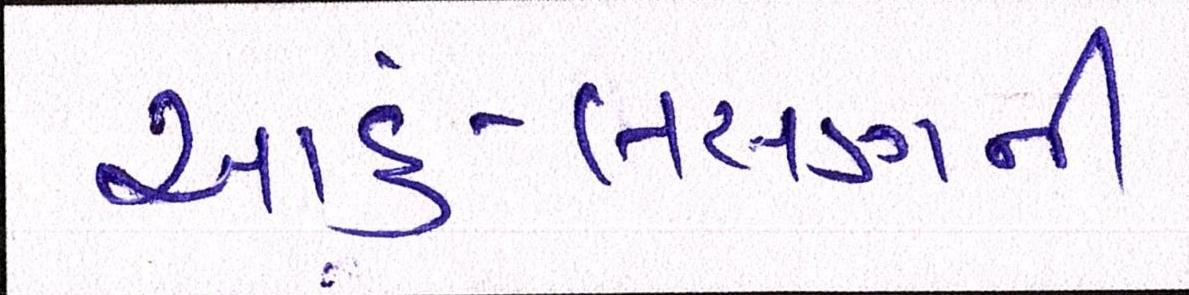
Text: આદું-લસણની